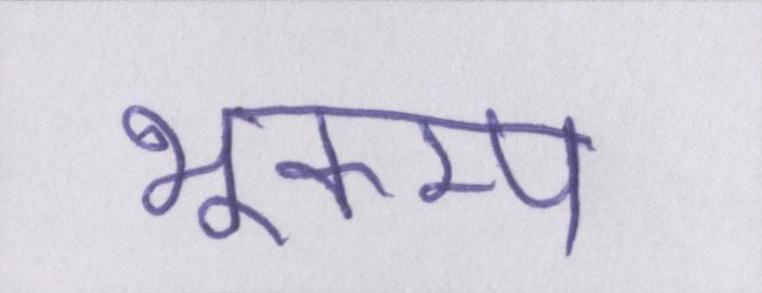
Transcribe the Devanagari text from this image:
भूकम्प